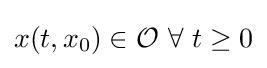
x(t,x_{0})\in {\mathcal {O}}\ \forall \ t\geq 0